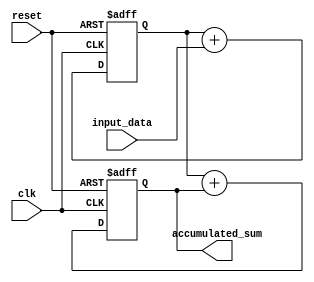
module cascaded_accumulator (
    input wire clk,
    input wire reset,
    input wire [7:0] input_data,
    output wire [15:0] accumulated_sum
);

reg [15:0] sum1, sum2;

always @ (posedge clk or posedge reset)
begin
    if (reset)
    begin
        sum1 <= 8'h00;
        sum2 <= 8'h00;
    end
    else
    begin
        sum1 <= sum1 + input_data;
        sum2 <= sum1 + sum2;
    end
end

assign accumulated_sum = sum2;

endmodule